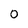
Character: 0